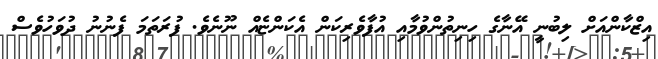
އިޒްކާންއަށް ލިބުނީ އޭނާގެ ހިނިތުންވުމާއި އުފާވެރިކަން އެކަންޏެއް ނޫނެވެ. ފުރަތަމަ ފެނުނު ދުވަހުވެސް